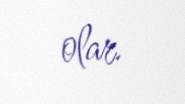
olar.